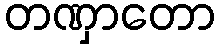
တဏှာတော